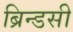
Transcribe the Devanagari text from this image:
ब्रिन्डसी